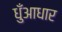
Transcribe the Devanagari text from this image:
धुँआधार